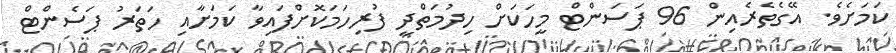
ކަމަށެވެ. އޭގެތެރެއިން 96 ޕަސަންޓް މީހަކަށް ހިދުމަތްދީ ފުރިހަމަކޮށްފައިވާ ކަމަށާއި ހަތަރު ޕަސެންޓް